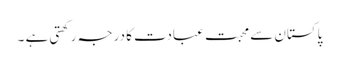
پاکستان سے محبت عبادت کا درجہ رکھتی ہے ۔